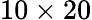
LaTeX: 10\times 20